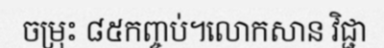
ចម្រុះ ៨៥កញ្ចប់។លោកសាន វិជ្ជា